Report by Surgeon-Major Lyons, I.M.S., President of the Plague Research Committee - Part I
Disease focus: Plague
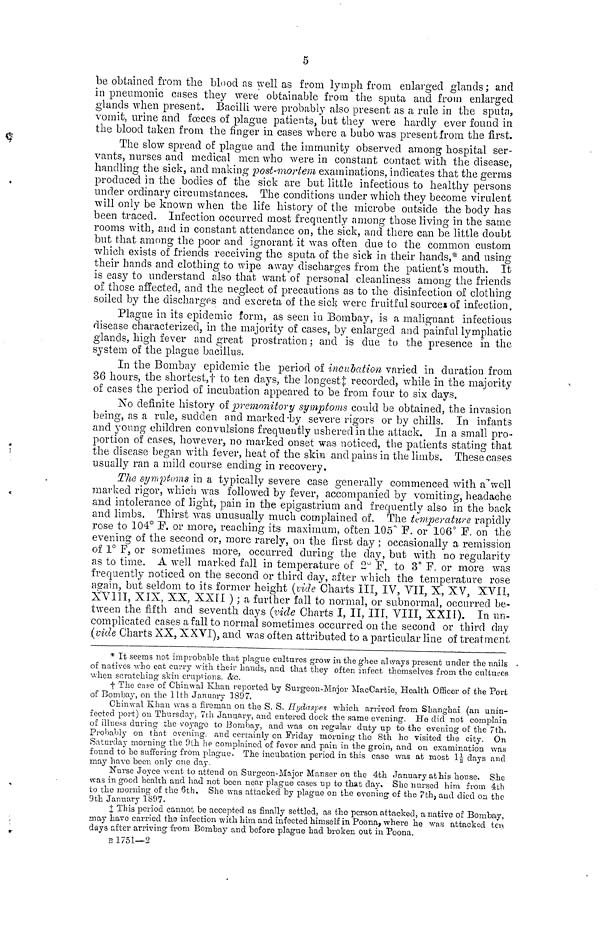
5
be obtained from the blood as well as from lymph from enlarged glands ; and
in pneumonic cases they were obtainable from the sputa and from enlarged
glands when present. Bacilli were probably also present as a rule in the sputa,
vomit, urine and focees of plague patients, but they were hardly ever found in
the blood taken from the finger in cases where a bubo was present from the first.
The slow spread of plague and the immunity observed among hospital ser-
vants, nurses and medical men who were in constant contact with the disease,
handling the sick, and making post-mortem examinations, indicates that the germs
produced in the bodies of the sick are but little infectious to healthy persons
under ordinary circumstances. The conditions under which they become virulent
will only be known when the life history of the microbe outside the body has
been traced. Infection occurred most frequently among those living in the same
rooms with, and in constant attendance on, the sick, and there can be little doubt
but that among the poor and ignorant it was often due to the common custom
which exists of friends receiving the sputa of the sick in their hands,* and using
their hands and clothing to wipe away discharges from the patient's mouth. It
is easy to understand also that want of personal cleanliness among the friends
of those affected, and the neglect of precautions as to the disinfection of clothing
soiled by the discharges and excreta of the sick were fruitful sources of infection.
Plague in its epidemic form, as seen in Bombay, is a malignant infectious
disease characterized, in the majority of cases, by enlarged and painful lymphatic
glands, high fever and great prostration ; and is due to the presence in the
system of the plague bacillus.
In the Bombay epidemic the period of incubation varied in duration from
36 hours, the shortest,† to ten days, the longest‡ recorded, while in the majority
of cases the period of incubation appeared to be, from four to six days.
No definite history of premonitory symptoms could be obtained, the invasion
being, as a rule, sudden and marked by severe rigors or by chills. In infants
and young children convulsions frequently ushered in the attack. In a small pro-
portion of cases, however, no marked onset was noticed, the patients stating that
the disease began with fever, heat of the skin and pains in the limbs. These cases
usually ran a mild course ending in recovery.
The Symptoms in a typically severe case generally commenced with a"well
marked rigor, which was followed by fever, accompanied by vomiting, headache
and intolerance of light, pain in the epigastrium and frequently also in the back
and limbs. Thirst was unusually much complained of. The temperature rapidly
rose to 104° P. or more, reaching its maximum, often 105° F. or 106° F. on the
evening of the second or, more rarely, on the first day ; occasionally a remission
of I o F, or sometimes more, occurred during the day, but with no regularity
as to time. A well marked fall in temperature of 2° F. to 3° F. or more was
frequently noticed on the second or third day, after which the temperature rose
again, but seldom to its former height (vide Charts III, IV, VII, X, XV, XVII,
XVIII, XIX, XX,XXII ) ; a further fall to normal, or subnormal, occurred be-
tween the fifth and seventh days (vide Charts I, II, III, VIII, XXII). In un-
complicated cases a fall to normal sometimes occurred on the second or third day
(vide Charts XX, XXVI), and was often attributed to a particular line of treatment.
* It seems not improbable that plague cultures grow in the ghee always present under the nails
of natives -who eat curry with their hands, and that they often infect themselves from the cultures
when scratching skin eruptions. &c.
† The case of Chinwal Khan reported by Surgeon-Major MacCartie, Health Officer of the Port
of Bombay, on the 11th January 1897.
Chinwal Khan was a fireman on the S.S. Hydaspes which arrived from Shanghai (an unin-
fected port) on Thursday, 7th January, and entered dock the same evening. He did not complain
of illness during the voyage to Bombay, and was on regular duty up to the evening of the 7th.
Probably on that evening and certainly on Friday morning the 8th ho visited the city. On
Saturday morning the 9th he complained of fever and pain in the groin, and on examination was
found to be suffering from plague. The incubation period in this case was at most 11/2 days and
may have been only one day.
Nurse Joyee went 10 attend on Surgeon-Major manser on the 4th January at his house. she
was in good health and had not been near plague cases up to that day. She nursed him from 4th
to the morning of the 6th. She was attacked by plague on the evening of the 7th, and died on the
9th January 1897.
I This period cannot be accepted as finally settled, as the person attacked, a native of Bombay,
may have carried the infection with him and infected himself in Poona, where he was attacked ten
days after arriving from Bombay and before plague had broken out in Poona.
B 1751—2